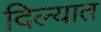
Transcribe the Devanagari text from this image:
दिल्यात